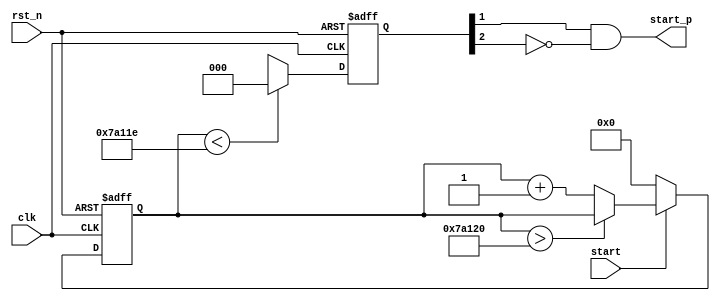
module StartButtonRemoveJitter(
input				clk,
input				rst_n,
input				start,
output	wire	start_p
    );

reg	[19:0]	cnt = 20'h0;	 

always@(posedge clk or negedge rst_n)
	begin
		if(~rst_n)
			cnt <= 20'h0;
		else if(~start)
			cnt <= 20'h0;
		else if(cnt > 20'd500_000)
			cnt <= cnt;
		else
			cnt <= cnt + 20'h1;
	end

reg[2:0] delay;

always @ (posedge clk or negedge rst_n)
	begin
		if(~rst_n)
			delay <= 3'h0;
		else if(cnt < 20'd499_998)
			delay <= 3'h0;
		else
			delay <= {delay[1:0], button};
	end

assign start_p = delay[1] && (~delay[2]);       // ԭźλôpulseź
/*wire neg_signal = ( ~delay[1] ) && delay[2];      // ԭź½λôpulseź*/


endmodule